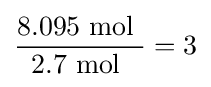
{\frac {8.095{\mbox{ mol }}}{2.7{\mbox{ mol }}}}=3